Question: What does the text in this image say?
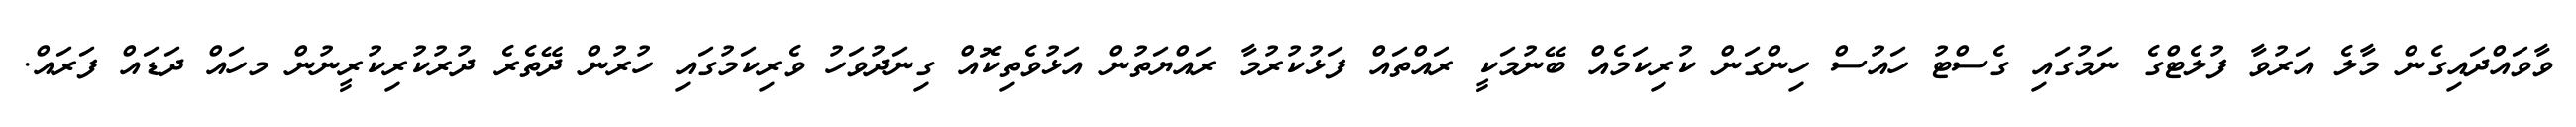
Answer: ވާވައްދައިގެން މާލެ އަރުވާ ފުލެޓްގެ ނަމުގައި ގެސްޓު ހައުސް ހިންގަން ކުރިކަމެއް ބޭނުމަކީ ރައްތައް ފަޅުކުރުމާ ރައްޔަތުން އަޅުވެތިކޮއް ގިނަދުވަހު ވެރިކަމުގައި ހުރުން ދޭތެރެ ދުރުކުރިކުރީނުން މހައް ދަޑައް ފަރައް.